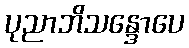
ပုညာဘိသန္ဒောပေ